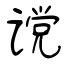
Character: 谠